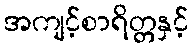
အကျင့်စာရိတ္တနှင့်